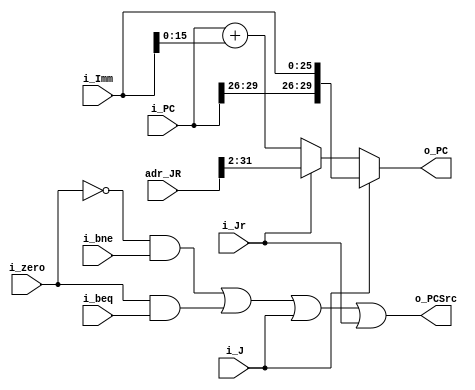
//Next PC
`timescale 1ns/1ps
module Pipeline_Next_PC( i_PC,
				i_Imm,
				adr_JR,
				i_zero,
				i_J,
				i_Jr,
				i_beq,
				i_bne,
				o_PC,
				o_PCSrc
				);

input signed [29:0] i_PC;
input signed [25:0] i_Imm;
input [31:0]	adr_JR;
input	i_zero;
input	i_J;
input 	i_Jr;
input 	i_beq;
input 	i_bne;

output [29:0] o_PC;
output o_PCSrc;

wire signed [15:0] ext_Imm;
wire [29:0] branch;

assign 	ext_Imm = i_Imm[15:0];
assign 	branch = i_PC + ext_Imm;

assign 	o_PC = i_J ? {i_PC[29:26],i_Imm} : { i_Jr ? adr_JR[31:2] :branch};
assign 	o_PCSrc =	((~i_zero)&i_bne) |
					(i_zero&i_beq)	  |
					i_J|i_Jr;


endmodule